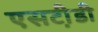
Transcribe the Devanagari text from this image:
एसटी़डी